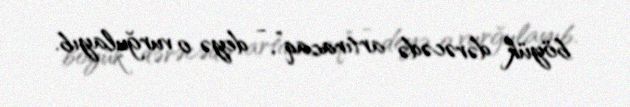
böyük dərəcədə artıracaq”, - deyə o vurğulayıb.